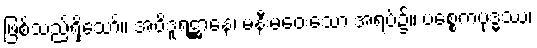
ဖြစ်သည်ရှိသော်။ အဝိဒူရဋ္ဌာနေ၊ မနီးမဝေးသော အရပ်၌။ ပစ္စေကဗုဒ္ဓဿ၊